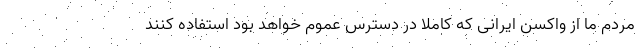
مردم ما از واکسن ایرانی که کاملا در دسترس عموم خواهد بود استفاده کنند